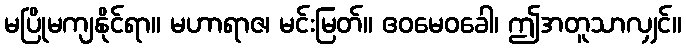
မပြိုမကျနိုင်ရာ။ မဟာရာဇ၊ မင်းမြတ်။ ဧဝမေဝခေါ၊ ဤအတူသာလျှင်။